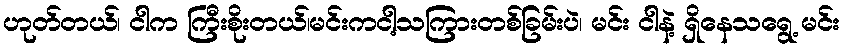
ဟုတ်တယ်၊ ငါက ကြီးစိုးတယ်၊မင်းကငါ့သကြားတစ်ခြမ်းပဲ၊ မင်း ငါနဲ့ ရှိနေသရွေ့ မင်း